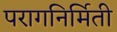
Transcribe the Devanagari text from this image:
परागनिर्मिती